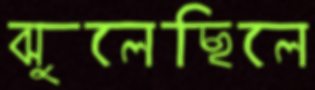
ঝুলেছিলে